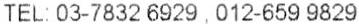
TEL: 03-7832 6929 , 012-659 9829